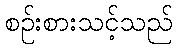
စဉ်းစားသင့်သည်